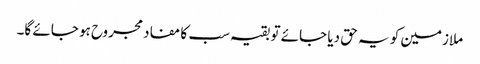
ملازمین کو یہ حق دیا جائے تو بقیہ سب کا مفاد مجروح ہو جائے گا۔